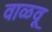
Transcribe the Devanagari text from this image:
वाळवू